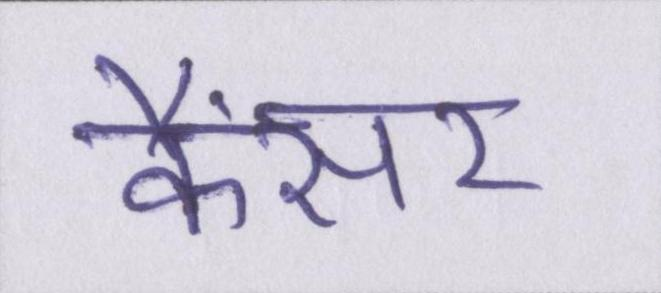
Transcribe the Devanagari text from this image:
कैंसर